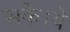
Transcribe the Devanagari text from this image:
सके।ये